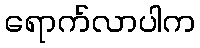
ရောက်လာပါက